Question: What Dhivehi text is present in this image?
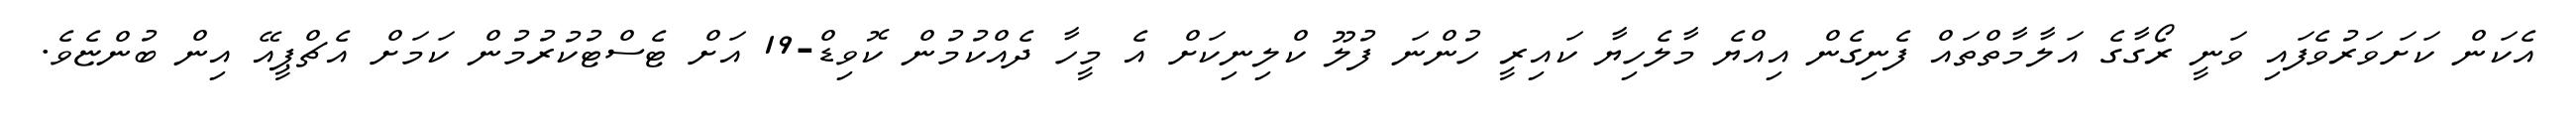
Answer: އެކަން ކަށަވަރުވެފައި ވަނީ ރޯގާގެ އަލާމާތްތައް ފެނިގެން އިއްޔެ މާލެހިޔާ ކައިރީ ހުންނަ ފުލޫ ކްލިނިކަށް އެ މީހާ ދެއްކުމުން ކޮވިޑް-19 އަށް ޓެސްޓުކުރުމުން ކަމަށް އެޗްޕީއޭ އިން ބުންޏެވެ.